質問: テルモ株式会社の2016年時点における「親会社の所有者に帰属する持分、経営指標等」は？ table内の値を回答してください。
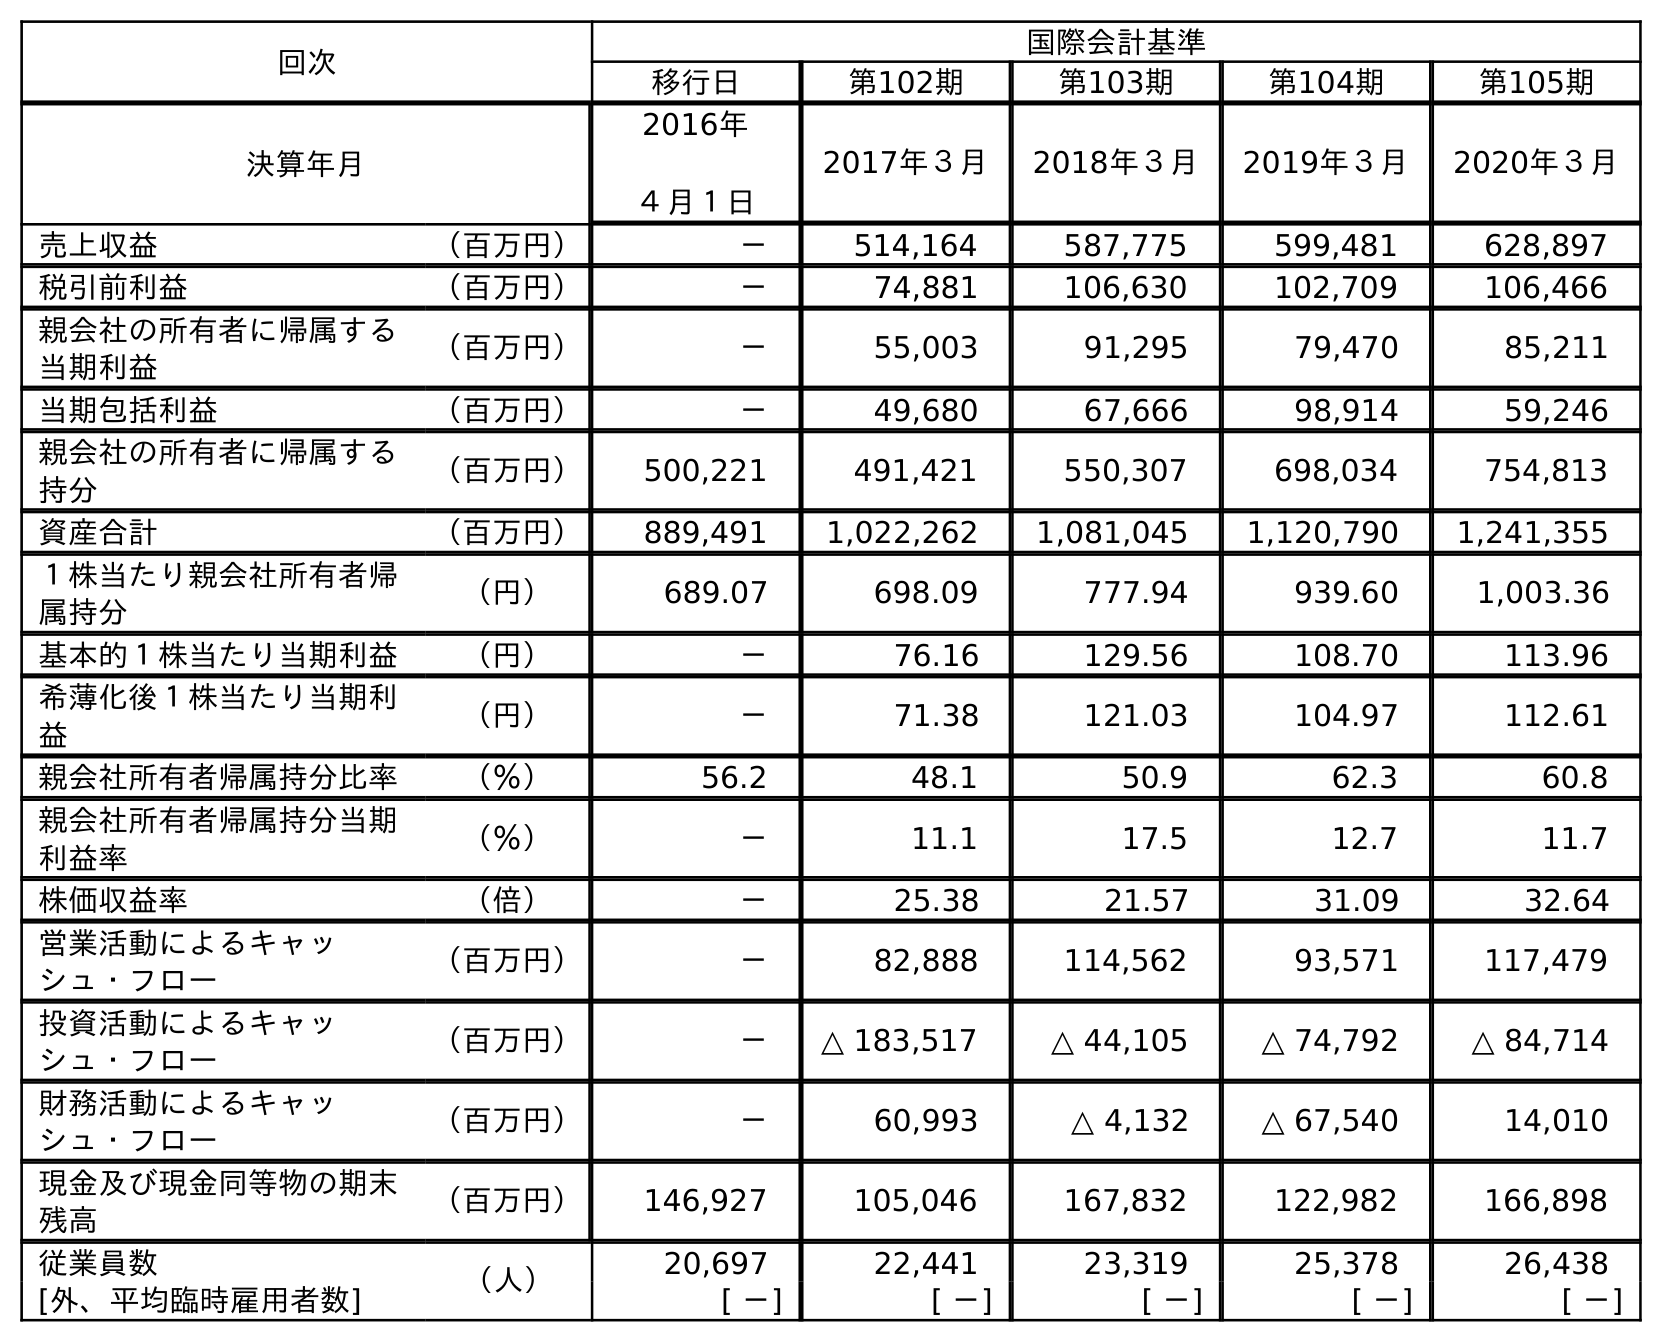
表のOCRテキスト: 回次 国際会計基準 移行日 第102期 第103期 第104期 第105期 決算年月 2016年 ４月１日 2017年３月 2018年３月 2019年３月 2020年３月 売上収益 （百万円） － 514,164 587,775 599,481 628,897 税引前利益 （百万円） － 74,881 106,630 102,709 106,466 親会社の所有者に帰属する 当期利益 （百万円） － 55,003 91,295 79,470 85,211 当期包括利益 （百万円） － 49,680 67,666 98,914 59,246 親会社の所有者に帰属する 持分 （百万円） 500,221 491,421 550,307 698,034 754,813 資産合計 （百万円） 889,491 1,022,262 1,081,045 1,120,790 1,241,355 １株当たり親会社所有者帰 属持分 （円） 689.07 698.09 777.94 939.60 1,003.36 基本的１株当たり当期利益 （円） － 76.16 129.56 108.70 113.96 希薄化後１株当たり当期利 益 （円） － 71.38 121.03 104.97 112.61 親会社所有者帰属持分比率 （％） 56.2 48.1 50.9 62.3 60.8 親会社所有者帰属持分当期 利益率 （％） － 11.1 17.5 12.7 11.7 株価収益率 （倍） － 25.38 21.57 31.09 32.64 営業活動によるキャッ シュ・フロー （百万円） － 82,888 114,562 93,571 117,479 投資活動によるキャッ シュ・フロー （百万円） － △ 183,517 △ 44,105 △ 74,792 △ 84,714 財務活動によるキャッ シュ・フロー （百万円） － 60,993 △ 4,132 △ 67,540 14,010 現金及び現金同等物の期末 残高 （百万円） 146,927 105,046 167,832 122,982 166,898 従業員数 （人） 20,697 22,441 23,319 25,378 26,438 [外、平均臨時雇用者数] [ －] [ －] [ －] [ －] [ －]
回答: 500,221